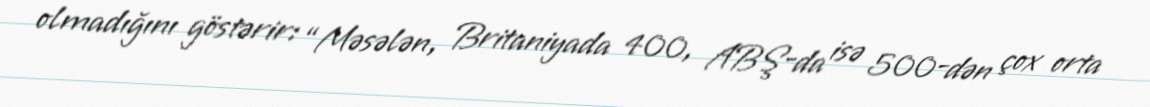
olmadığını göstərir: “Məsələn, Britaniyada 400, ABŞ-da isə 500-dən çox orta